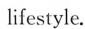
lifestyle.